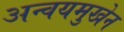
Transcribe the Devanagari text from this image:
अन्वयमुखेन